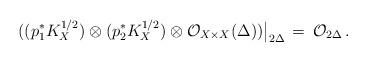
LaTeX: \begin{align*}((p^*_1 K^{1/2}_X)\otimes (p^*_2 K^{1/2}_X) \otimes {\mathcal O}_{X\times X}(\Delta))\big\vert_{2\Delta}\,=\,{\mathcal O}_{2\Delta}\, .\end{align*}